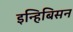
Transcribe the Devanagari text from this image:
इन्हिबिसन